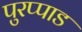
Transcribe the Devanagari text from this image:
पुरप्पाड